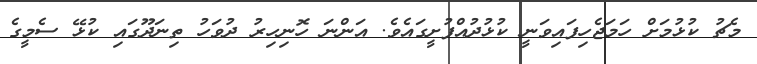
މެޗު ކުޅުމަށް ހަމަޖެހިފައިވަނީ ކުޅުދުއްފުށީގައެވެ. އަންނަ ހޮނިހިރު ދުވަހު ތިނަދޫގައި ކުޅޭ ސެމީގެ